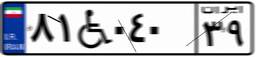
۴۹W۴۲۰۵۶